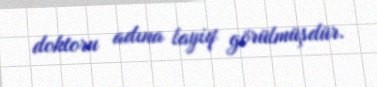
doktoru adına layiq görülmüşdür.